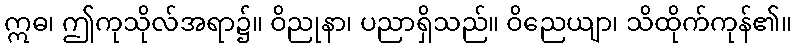
ဣဓ၊ ဤကုသိုလ်အရာ၌။ ဝိညုနာ၊ ပညာရှိသည်။ ဝိညေယျာ၊ သိထိုက်ကုန်၏။